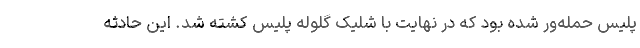
پلیس حمله‌ور شده بود که در نهایت با شلیک گلوله پلیس کشته شد. این حادثه